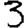
Digit: 3